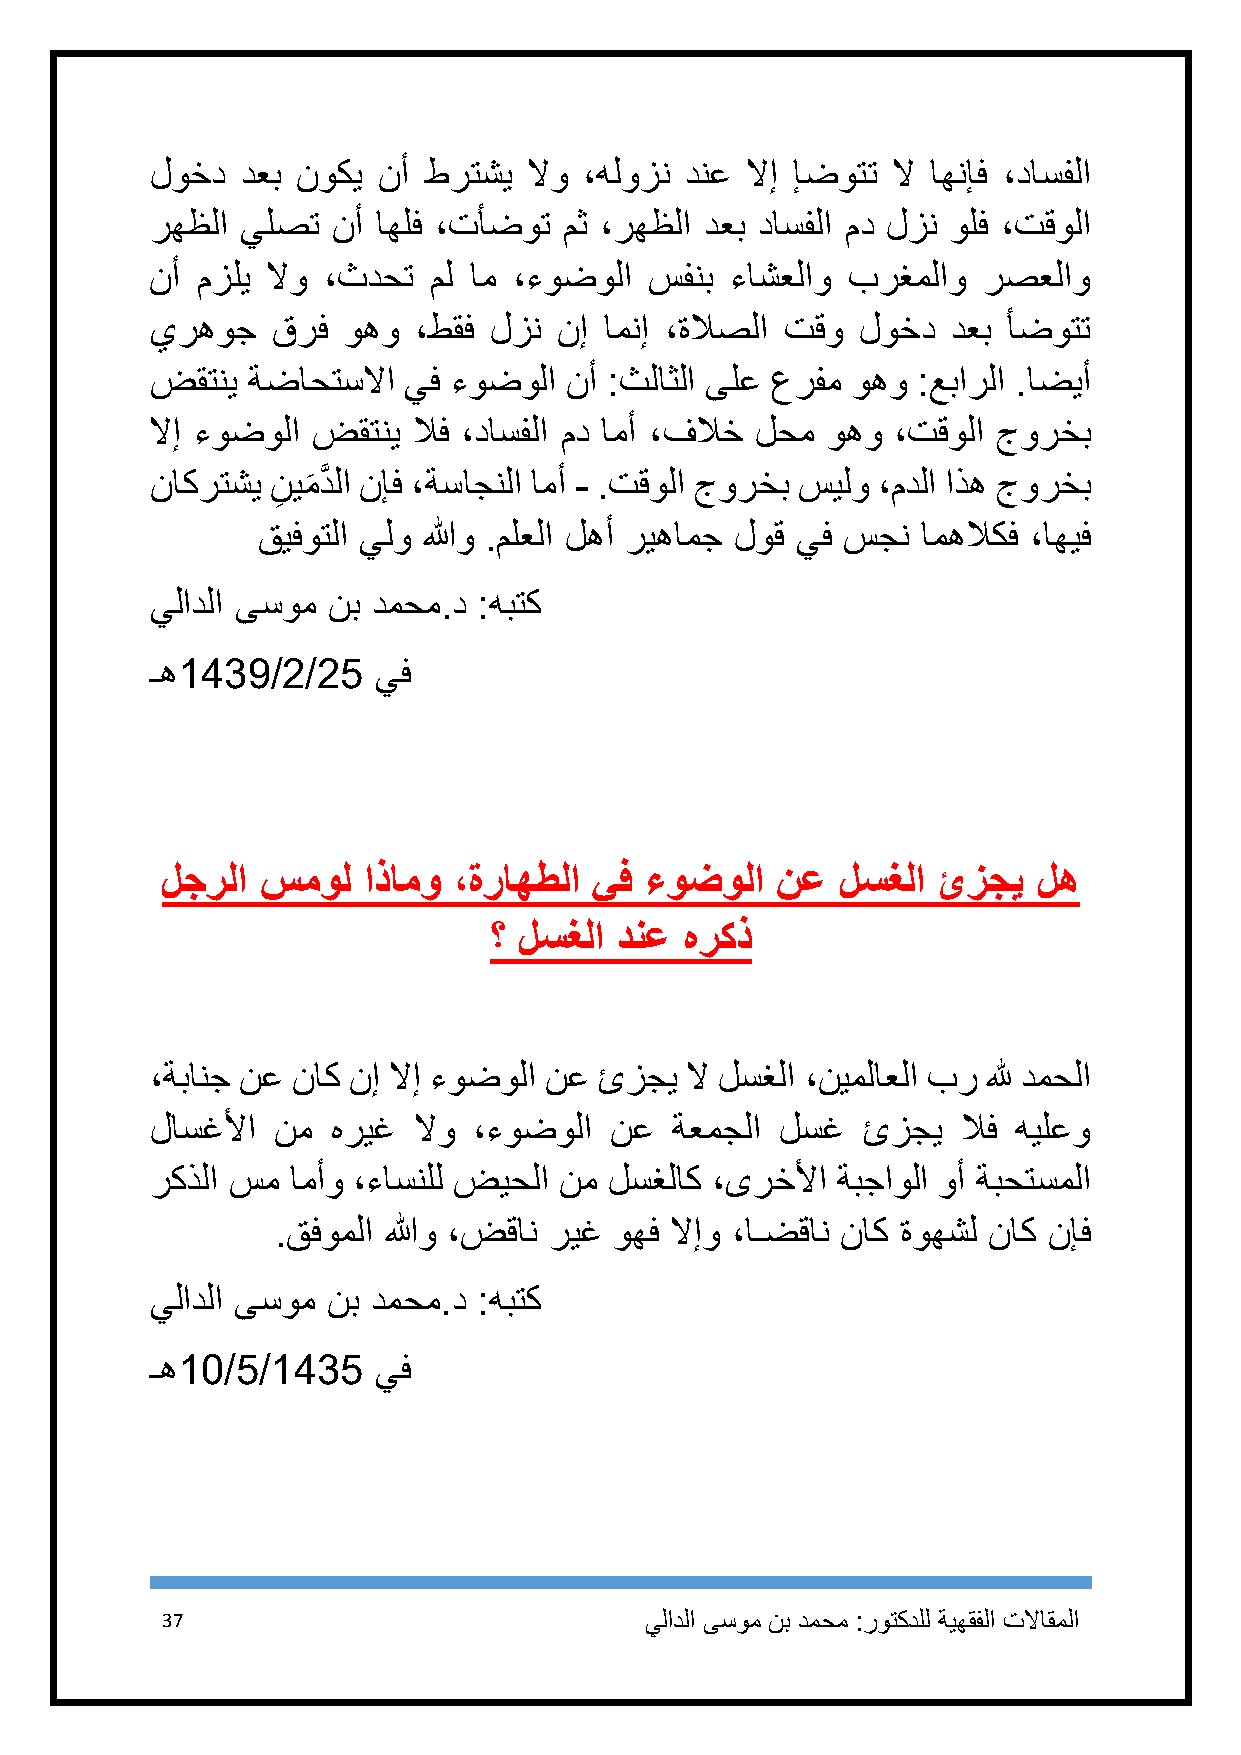
لوخد  دعب نوكي نأ طرتشي  لاو ،هلوزن دنع لاإ إضوتت لا اهنإف ،داسفلا
 رهظلا يلصت  نأ اهلف ،تأضوت مث ،رهظلا دعب داسفلا مد لزن ولف ،تقولا
 نأ مزلي لاو ،ثدحت  مل ام ،ءوضولا سفنب ءاشعلاو برغملاو  رصعلاو
 يرهوج   قرف  وهو ،طقف لزن  نإ امنإ ،ةلاصلا تقو لوخد  دعب أضوتت
 ضقتني ةضاحتسلاا  يف ءوضولا  نأ :ثلاثلا ىلع عرفم وهو :عبارلا .اضيأ
 لاإ ءوضولا ضقتني لاف ،داسفلا مد امأ ،فلاخ لحم وهو ،تقولا جورخب
 ناكرتشي نيمدَّ لا نإف ،ةساجنلا امأ - .تقولا جورخب سيلو ،مدلا اذه جورخب
 ِ َ
 قيفوتلا يلو اللهو .ملعلا لهأ ريهامج لوق يف سجن امهلاكف ،اهيف
 يلادلا ىسوم نب دمحم.د :هبتك
 ـه1981/9/91    يف
 لجرلا سمول   اذامو ،ةراهطلا يف  ءوضولا  نع   لسغلا ئزجي   له
 ؟ لسغلا  دنع هركذ
 ،ةبانج نع ناك نإ لاإ ءوضولا نع ئزجي لا لسغلا ،نيملاعلا بر لله دمحلا
 لاسغلأا نم  هريغ لاو ،ءوضولا  نع   ةعمجلا لسغ  ئزجي   لاف هيلعو
 ركذلا سم امأو ،ءاسنلل ضيحلا نم لسغلاك ،ىرخلأا ةبجاولا وأ ةبحتسملا
 .قفوملا اللهو ،ضقان ريغ وهف لاإو ،اـضقان ناك ةوهشل ناك نإف
 يلادلا ىسوم نب دمحم.د :هبتك
 ـه11/1/1981    يف
 37                              يلادلا ىسوم نب دمحم :روتكدلل ةيهقفلا تلااقملا